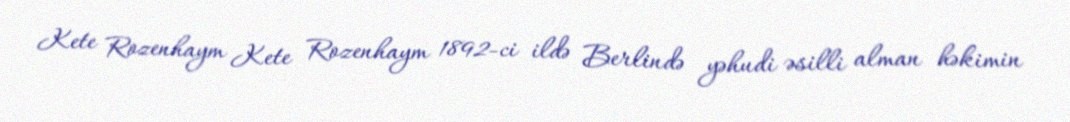
Kete Rozenhaym Kete Rozenhaym 1892-ci ildə Berlində yəhudi əsilli alman həkimin